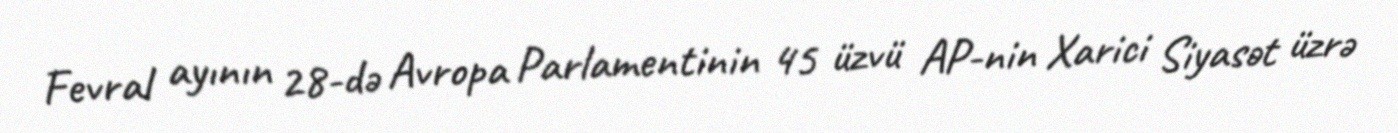
Fevral ayının 28-də Avropa Parlamentinin 45 üzvü AP-nin Xarici Siyasət üzrə